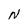
Character: N